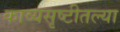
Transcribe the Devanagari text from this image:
काव्यसृष्टीतल्या